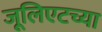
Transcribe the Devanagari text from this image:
जूलिएटच्या